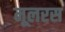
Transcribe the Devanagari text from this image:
मूलरस